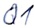
Text: Q1